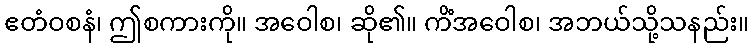
ဧတံဝစနံ၊ ဤစကားကို။ အဝေါစ၊ ဆို၏။ ကိံအဝေါစ၊ အဘယ်သို့သနည်း။